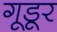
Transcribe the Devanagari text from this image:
गूडूर